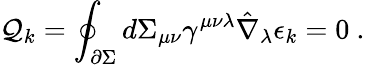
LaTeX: {\cal Q}_{k}=\oint_{\partial\Sigma}d\Sigma_{\mu\nu}\gamma^{\mu\nu\lambda}\hat{\nabla}_{\lambda}\epsilon_{k}=0\ .